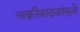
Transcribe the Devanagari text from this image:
चक्रीवादळांमुळे